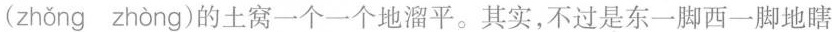
(zhǒng zhòng)的土窝一个一个地溜平。其实,不过是东一脚西一脚地瞎